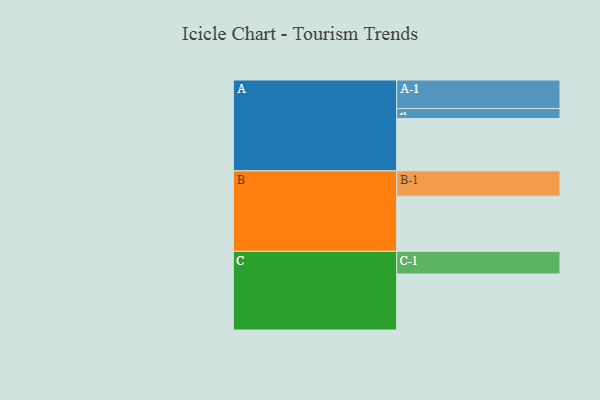
{"axis": {"x": "Segment", "y": "Value"}, "legend": ["", "A", "B", "C"], "data": [{"x": "A", "y": 527, "type": ""}, {"x": "B", "y": 556, "type": ""}, {"x": "C", "y": 565, "type": ""}, {"x": "A-1", "y": 288, "type": "A"}, {"x": "A-2", "y": 101, "type": "A"}, {"x": "B-1", "y": 255, "type": "B"}, {"x": "C-1", "y": 228, "type": "C"}]}